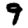
Digit: 9